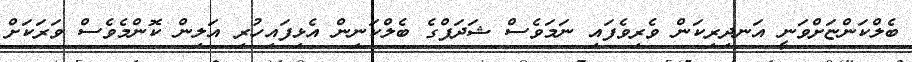
ބެލްކަންޏަށްވަނީ އަނދިރިކަން ވެރިވެފައި ނަމަވެސް ޝަދަފްގެ ބެލްކަނިން އެޅިފައިހުރި އަލިން ކޮންމެވެސް ވަރަކަށް